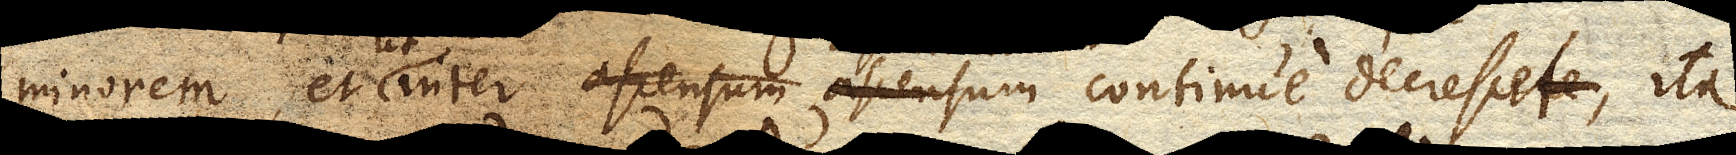
minorem, et inter ascensum continue decrescere,